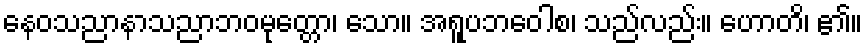
နေဝသညာနာသညာဘဝမုတ္တော၊ သော။ အရူပဘဝေါစ၊ သည်လည်း။ ဟောတိ၊ ၏။